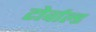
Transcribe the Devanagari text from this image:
टोर्वाल्ड